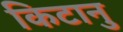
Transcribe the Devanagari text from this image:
किटानु